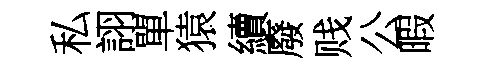
私詡單猿續廢贱公暇